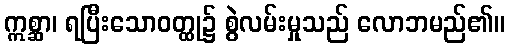
ဣစ္ဆာ၊ ရပြီးသောဝတ္ထု၌ စွဲလမ်းမှုသည် လောဘမည်၏။